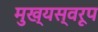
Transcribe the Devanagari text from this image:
मुख्यस्वरूप